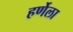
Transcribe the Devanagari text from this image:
हर्णेला